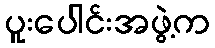
ပူးပေါင်းအဖွဲ့က